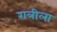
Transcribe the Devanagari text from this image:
रात्रीला